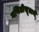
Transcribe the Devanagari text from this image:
गणितीसूत्राने